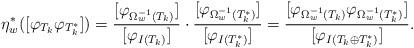
LaTeX: \begin{align*}\eta_{w}^{\ast}([\varphi_{T_{k}}\varphi_{T_{k}^{\ast}}]) & =\frac{[\varphi_{\Omega_{w}^{-1}(T_{k})}]}{[\varphi_{I(T_{k})}]}\cdot\frac{[\varphi_{\Omega_{w}^{-1}(T_{k}^{\ast})}]}{[\varphi_{I(T_{k}^{\ast})}]}=\frac{[\varphi_{\Omega_{w}^{-1}(T_{k})}\varphi_{\Omega_{w}^{-1}(T_{k}^{\ast})}]}{[\varphi_{I(T_{k}\oplus T_{k}^{\ast})}]}.\end{align*}